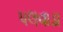
પલવાડા